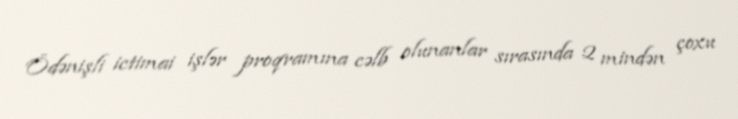
Ödənişli ictimai işlər proqramına cəlb olunanlar sırasında 2 mindən çoxu